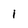
Character: I